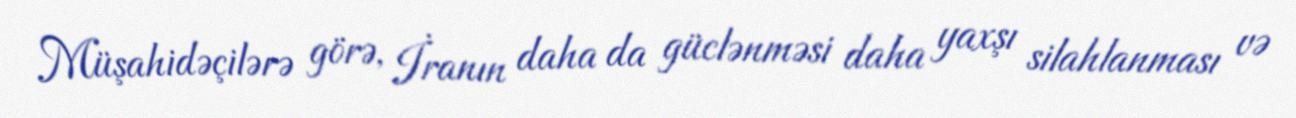
Müşahidəçilərə görə, İranın daha da güclənməsi daha yaxşı silahlanması və